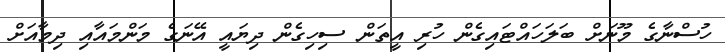
ހުސްނާގެ މޫނަށް ބަލަހައްޓައިގެން ހުރި އީތަން ސިހިގެން ދިޔައީ އޭނަގެ މަންމައާއި ދިމާއަށް